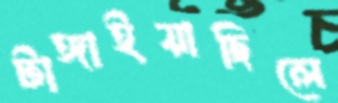
টাঙ্গাইয়াছিলে